system: You are a helpful assistant.
user:
Analyze the provided spectrum to determine if it is a **Carbon Star (C-type)**.

- **Key Visual Indicators of Carbon Star:**
    - **(Primary):** Strong molecular absorption from **C₂ (diatomic carbon) "Swan Bands."** This is the **defining feature** of a carbon star.
        - **(Key Bandheads):** Sharp absorption edges are visible at approximately $5635$ Å, $5165$ Å (the strongest band), and $4737$ Å.
        - **(Line Profile):** Creates a distinct **"saw-tooth"** pattern. The key morphology is a sharp, steep bandhead on the **red (long-wavelength) side**, which then gradually tapers off (i.e., flux recovers) towards the **blue (short-wavelength) side**. *(This is the direct opposite of the TiO bands seen in M-type stars)*.

    - **(Secondary):** Intense **CN (cyanogen)** molecular absorption bands.
        - **(Key Bandheads):** Located in the blue and violet regions of the spectrum (e.g., near $4215$ Å and $3883$ Å).
        - **(Morphology):** These bands are extremely broad and act as a "blanket," absorbing the vast majority of blue and violet light. This creates a characteristic **"cliff"** or **"steep drop-off"** in the spectrum's flux at short wavelengths.

    - **(Key Confirmation):** Strong **CH absorption band (G-band)**.
        - **(Key Bandhead):** Located around $4300$ Å. The contribution from CH molecules to this band is exceptionally strong.

    - **(Overall Spectrum):**
        - The continuum is severely "chopped up" by these deep molecular bands, especially C₂, rather than appearing as a smooth curve.
        - Due to the heavy CN and C₂ absorption in the blue-green, the vast majority of the star's flux is concentrated in the red part of the spectrum, giving the star its characteristic deep red color.

Think first, call **spectral_visualization_tool** if needed to examine features in detail, then provide your final answer. Your response must adhere to the following strict rules:
1.  **Overall Structure:** Your response must follow the format `<think>...</think> <tool_call>...</tool_call> (if a tool is used) <answer>...</answer>`.
2.  **Tool Usage Constraint:** You may only make **one** tool call per turn.
3.  **Final Answer Format:** In the `<answer>` tag, your conclusion must be inside a `\boxed{}` command (e.g., `\boxed{YES}`), followed by your justification.

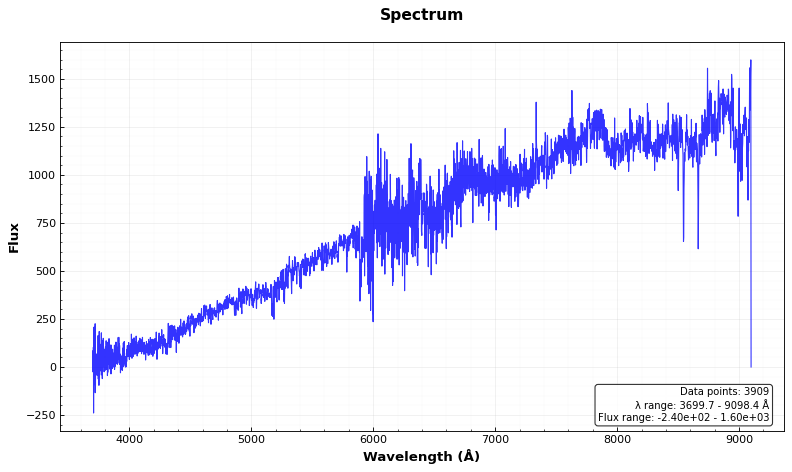
Answer: NO